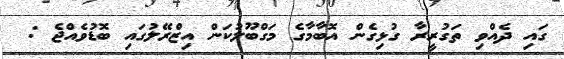
ގައި ދެއްވި ތަގުރީރާ ގުޅިގެން އޮބާމާގެ މަގްބޫލުކަން އިޒްރޭލުގައި ބޮޑުވެއްޖެ :